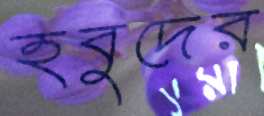
হবুদের